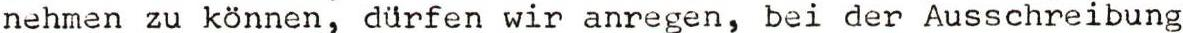
nehmen zu können, dürfen wir anregen, bei der Ausschreibung